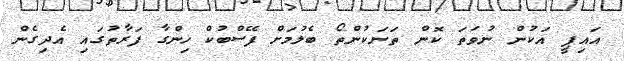
އައިޕީ އަކުން ނުވަތަ ކޮން ތަނަކުންތޯ ބެލުމަށް ފޭސްބުކް ހިންގާ ފަރާތުގައި އެދިގެން